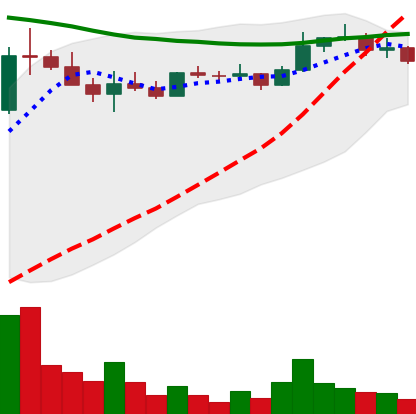
Ticker: ETC-USD
Chart end date: 2022-08-16
Forward return: -15.7%
Label: down_7plus